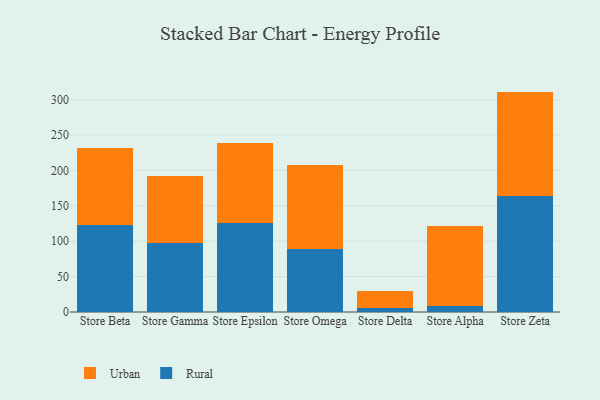
{"axis": {"x": "Store", "y": "Churn Rate (%)"}, "legend": ["Rural", "Urban"], "data": [{"x": "Store Beta", "y": 122.9, "type": "Rural"}, {"x": "Store Beta", "y": 108.7, "type": "Urban"}, {"x": "Store Gamma", "y": 97.1, "type": "Rural"}, {"x": "Store Gamma", "y": 94.6, "type": "Urban"}, {"x": "Store Epsilon", "y": 125.3, "type": "Rural"}, {"x": "Store Epsilon", "y": 113.4, "type": "Urban"}, {"x": "Store Omega", "y": 88.5, "type": "Rural"}, {"x": "Store Omega", "y": 119.4, "type": "Urban"}, {"x": "Store Delta", "y": 5.3, "type": "Rural"}, {"x": "Store Delta", "y": 24.1, "type": "Urban"}, {"x": "Store Alpha", "y": 8.7, "type": "Rural"}, {"x": "Store Alpha", "y": 112.4, "type": "Urban"}, {"x": "Store Zeta", "y": 164.4, "type": "Rural"}, {"x": "Store Zeta", "y": 147.0, "type": "Urban"}]}